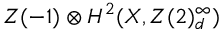
Z ( - 1 ) \otimes { } H ^ { 2 } ( X , Z ( 2 ) _ { d } ^ { \infty } )